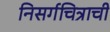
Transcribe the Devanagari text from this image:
निसर्गचित्राची